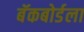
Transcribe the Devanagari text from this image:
बॅकबोर्डला